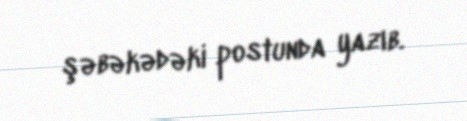
şəbəkədəki postunda yazıb.